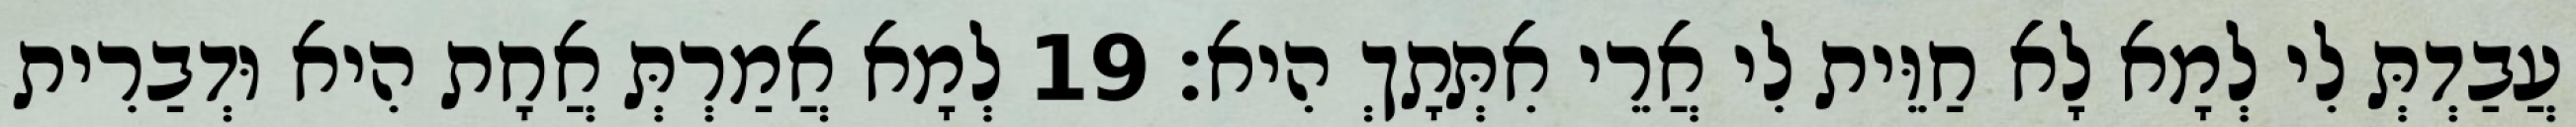
עֲבַדְתְּ לִי לְמָא לָא חַוֵּית לִי אֲרֵי אִתְּתָךְ הִיא׃ 19 לְמָא אֲמַרְתְּ אֲחָת הִיא וּדְבַרִית